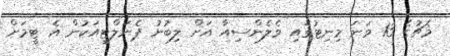
މެޗުގެ 13 ވަނަ މިނިޓުގައި ވެލެންސިއާ އަށް ލިބުނު ޕެނަލްޓީއަކުން އެ ޓީމަށް